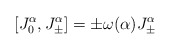
\begin{align*}[J_0^{\alpha}, J_\pm^{\alpha}] = \pm\omega(\alpha) J_\pm^\alpha\end{align*}